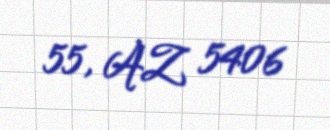
55, AZ 5406